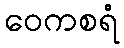
ဝေကစရံ